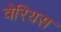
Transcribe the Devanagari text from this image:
वेरियस